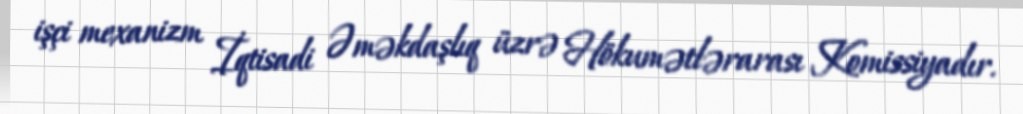
işçi mexanizm İqtisadi Əməkdaşlıq üzrə Hökumətlərarası Komissiyadır.